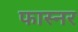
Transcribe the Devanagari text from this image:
फास्नर